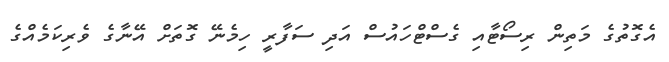
އެގޮތުގެ މަތިން ރިސޯޓާއި ގެސްޓްހައުސް އަދި ސަފާރީ ހިމެނޭ ގޮތަށް އޭނާގެ ވެރިކަމެއްގެ